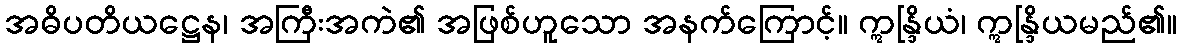
အဓိပတိယဋ္ဌေန၊ အကြီးအကဲ၏ အဖြစ်ဟူသော အနက်ကြောင့်။ ဣန္ဒြိယံ၊ ဣန္ဒြိယမည်၏။